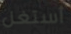
أستغل